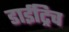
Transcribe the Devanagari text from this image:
डाईट्रिच